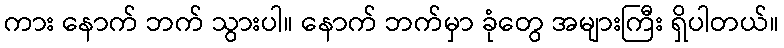
ကား နောက် ဘက် သွားပါ။ နောက် ဘက်မှာ ခုံတွေ အများကြီး ရှိပါတယ်။